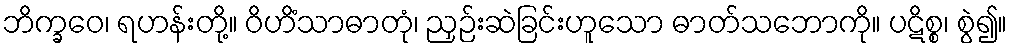
ဘိက္ခဝေ၊ ရဟန်းတို့။ ဝိဟိံသာဓာတုံ၊ ညှဉ်းဆဲခြင်းဟူသော ဓာတ်သဘောကို။ ပဋိစ္စ၊ စွဲ၍။